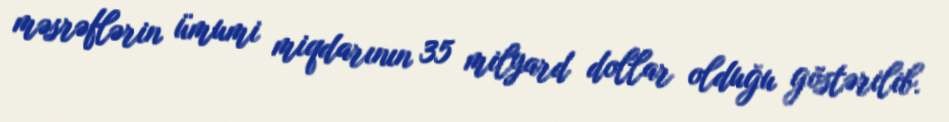
məsrəflərin ümumi miqdarının 35 milyard dollar olduğu göstərilib.